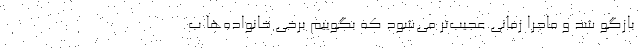
بازگو شد و ماجرا زمانی عجیب‌تر می‌شود که بگوییم برخی خانواده‌ها ب